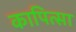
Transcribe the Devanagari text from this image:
कापित्सा